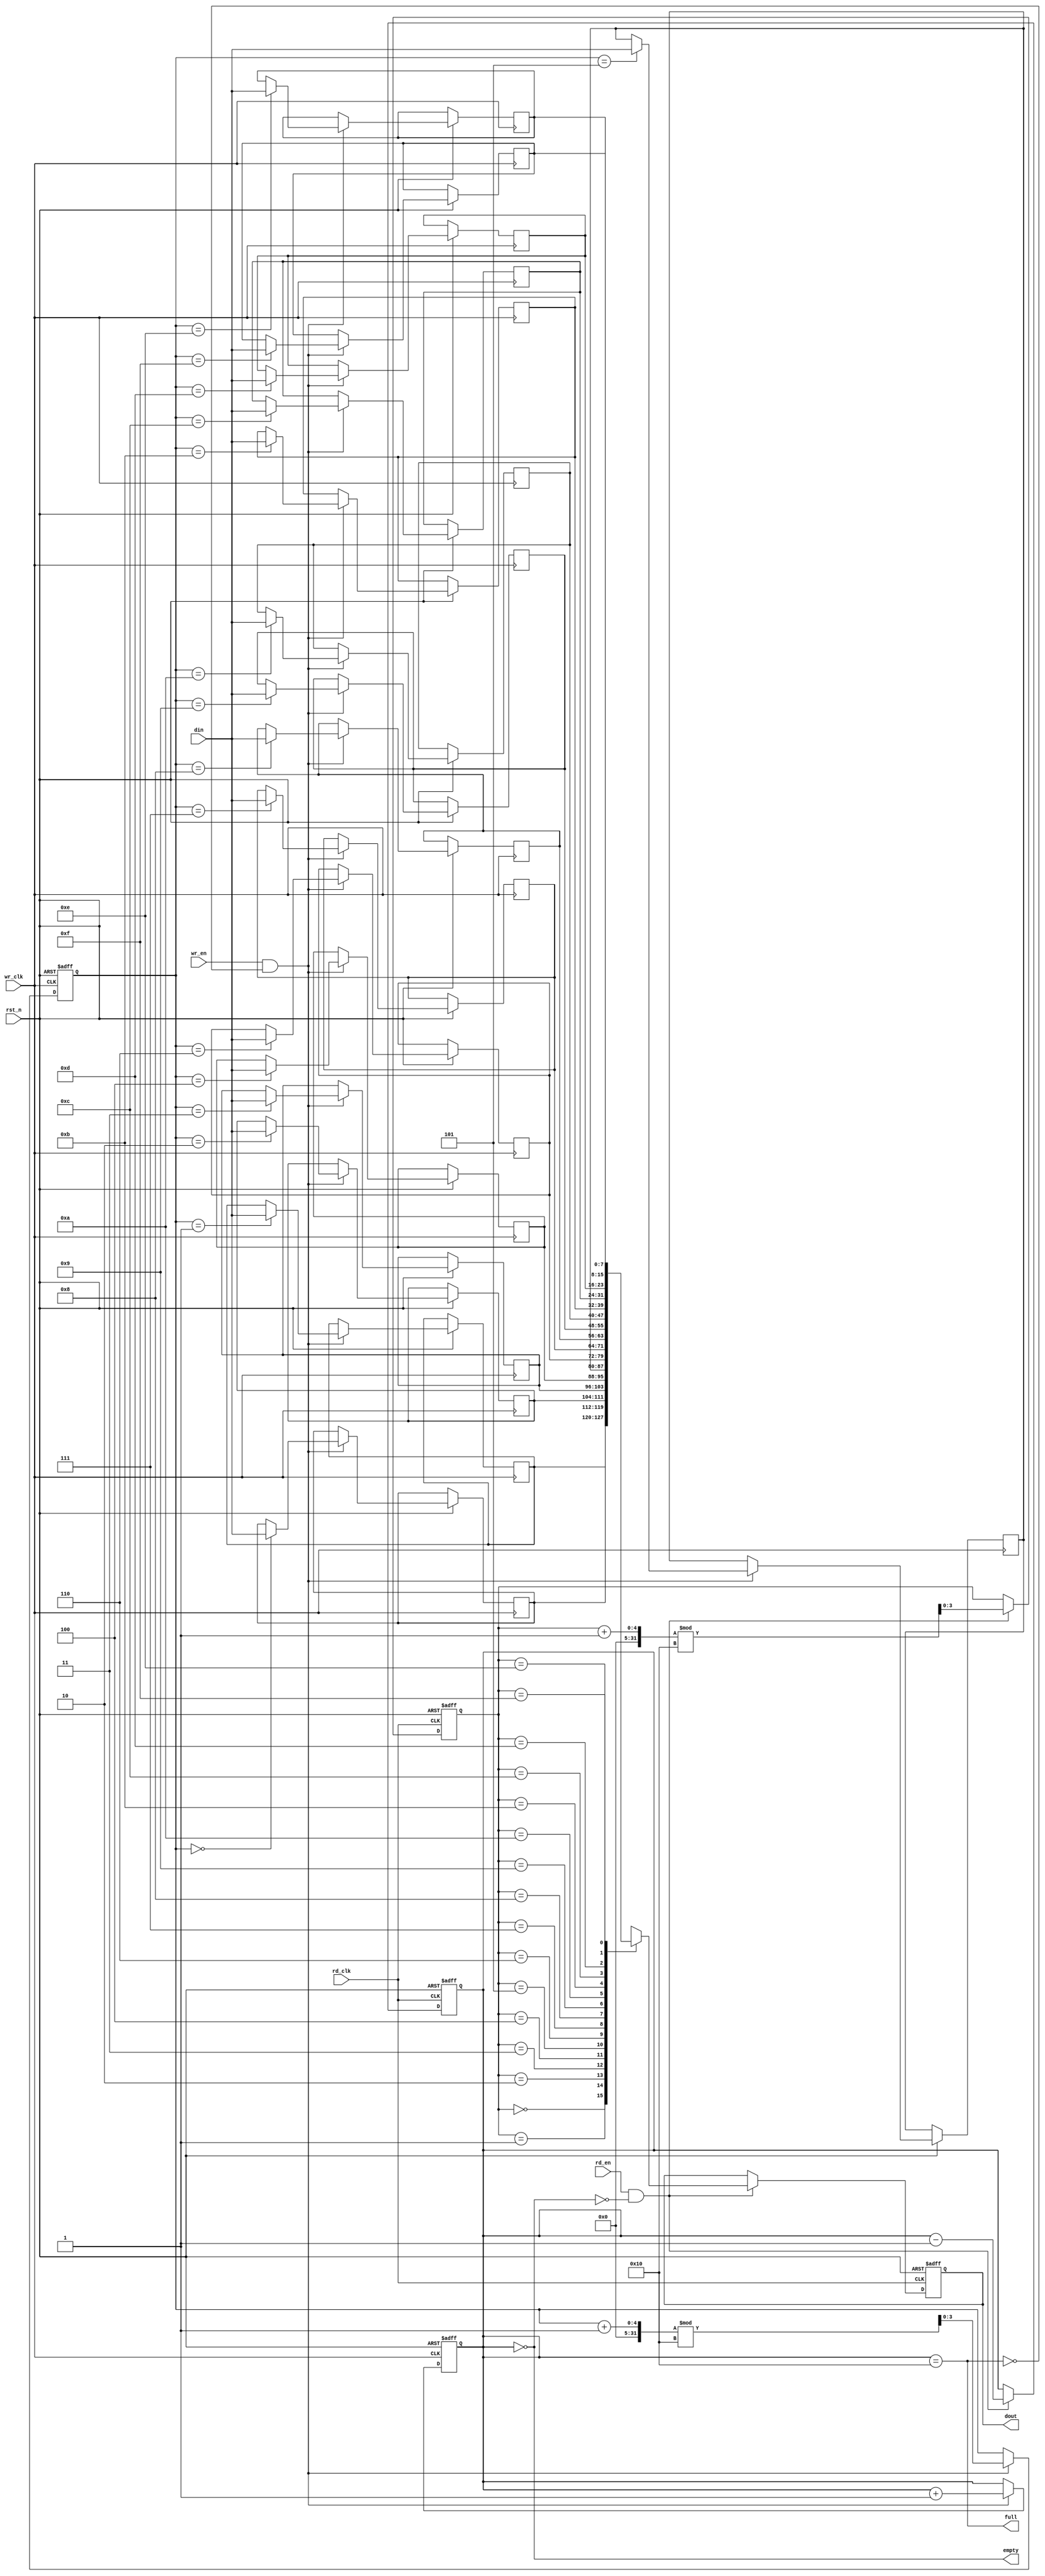
module dual_clock_fifo #(
    parameter DATA_WIDTH = 8,   // Width of each data entry
    parameter FIFO_DEPTH = 16    // Number of entries in the FIFO
)(
    input wire wr_clk,           // Write clock
    input wire rd_clk,           // Read clock
    input wire rst_n,            // Asynchronous reset (active low)
    input wire wr_en,            // Write enable
    input wire rd_en,            // Read enable
    input wire [DATA_WIDTH-1:0] din, // Data input
    output reg [DATA_WIDTH-1:0] dout, // Data output
    output wire full,            // FIFO full indicator
    output wire empty            // FIFO empty indicator
);

    // Memory array
    reg [DATA_WIDTH-1:0] fifo_mem [0:FIFO_DEPTH-1];

    // Write and read pointers
    reg [clog2(FIFO_DEPTH)-1:0] wr_ptr = 0;
    reg [clog2(FIFO_DEPTH)-1:0] rd_ptr = 0;

    // Entry count
    reg [clog2(FIFO_DEPTH+1)-1:0] entry_count = 0;

    // Full and empty flags
    assign full = (entry_count == FIFO_DEPTH);
    assign empty = (entry_count == 0);

    // Asynchronous reset
    always @(posedge wr_clk or negedge rst_n) begin
        if (!rst_n) begin
            wr_ptr <= 0;
            entry_count <= 0;
        end else if (wr_en && !full) begin
            fifo_mem[wr_ptr] <= din; // Write data to FIFO
            wr_ptr <= (wr_ptr + 1) % FIFO_DEPTH; // Increment with wrap-around
            entry_count <= entry_count + 1; // Increment entry count
        end
    end

    always @(posedge rd_clk or negedge rst_n) begin
        if (!rst_n) begin
            rd_ptr <= 0;
            dout <= 0;
            entry_count <= 0;
        end else if (rd_en && !empty) begin
            dout <= fifo_mem[rd_ptr]; // Read data from FIFO
            rd_ptr <= (rd_ptr + 1) % FIFO_DEPTH; // Increment with wrap-around
            entry_count <= entry_count - 1; // Decrement entry count
        end
    end

    function integer clog2(input integer value);
        begin
            value = value - 1;
            for (clog2 = 0; value > 0; clog2 = clog2 + 1)
                value = value >> 1;
        end
    endfunction

endmodule